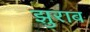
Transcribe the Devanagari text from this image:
झुराब